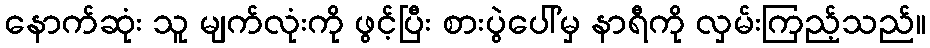
နောက်ဆုံး သူ မျက်လုံးကို ဖွင့်ပြီး စားပွဲပေါ်မှ နာရီကို လှမ်းကြည့်သည်။